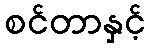
စင်တာနှင့်